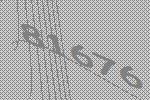
81676